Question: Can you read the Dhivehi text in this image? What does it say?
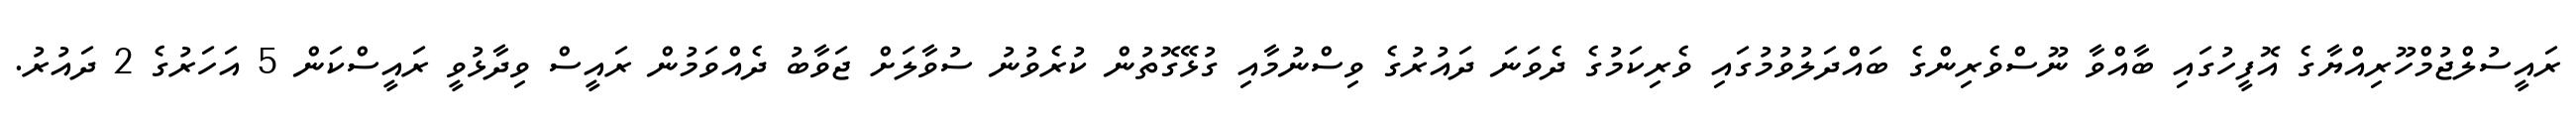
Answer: ރައީސުލްޖުމްހޫރިއްޔާގެ އޮފީހުގައި ބާއްވާ ނޫސްވެރިންގެ ބައްދަލުވުމުގައި ވެރިކަމުގެ ދެވަނަ ދައުރުގެ ވިސްނުމާއި ގުޅޭގޮތުން ކުރެވުނު ސުވާލަށް ޖަވާބު ދެއްވަމުން ރައީސް ވިދާޅުވީ ރައީސްކަން 5 އަހަރުގެ 2 ދައުރު.